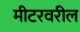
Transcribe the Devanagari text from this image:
मीटरवरील